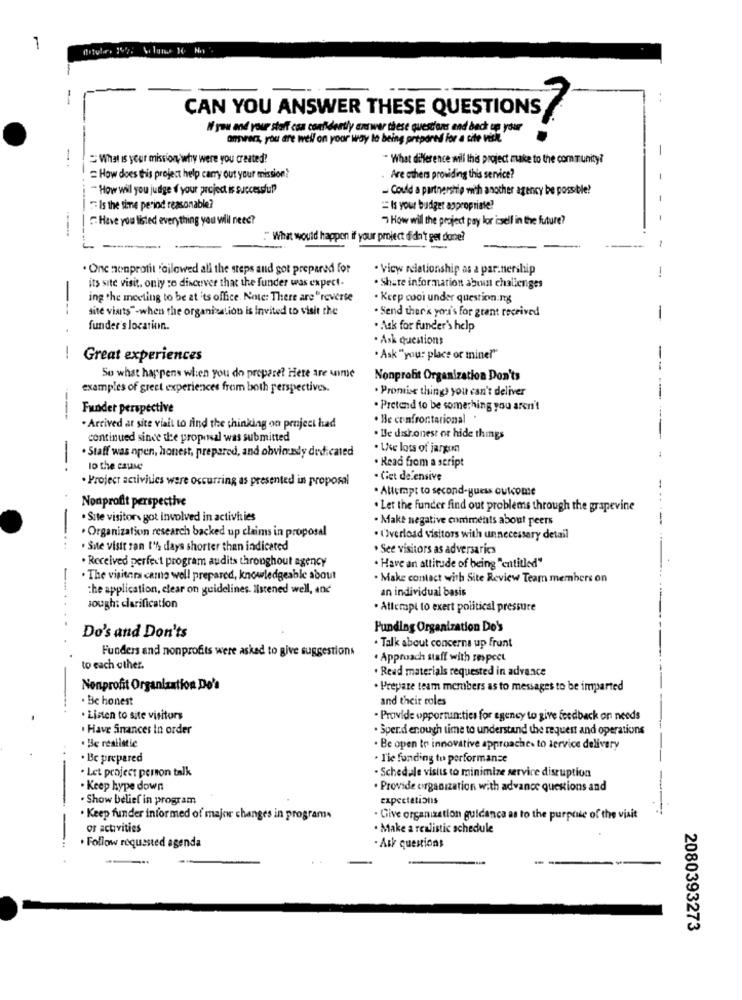
1
CAN YOU ANSWER THESE QUESTIONS
W you and your staff csa confidently answer these questions and back up your
answers, you are well on your way to being prepared for a site visit.
What is your mission why were you created?
- What difference will this project make to the community?
How does this project help carry out your mission?
Are others providing this service?
- How will you judge ff your project is successful
- Could a partnership with another agency be possible?
Is the time period reasonable?
Is your budget appropriate?
Have you listed everything you will need?
7 How will the project pay lor issell in the future?
." What would happen if your project didn't get done?
. Onc nonprofit foilowed all the steps and got prepared for
· View relationship as a par.nership
!
its site visit. only to discover that the funder was expect-
. Share information about challenges
ing the meeting to be at its office. Note: There are "reverse
. Keep cool under question.mg
--
site visits"-when the organisation is Invited to visit the
. Send ther's yori's for grant received
-
funder's location.
· Ask for funder's help
. Ask questions
-
Great experiences
"Ask "you: place or miner"
-
So what happens when you do prepare? Here are some
Nonprofit Organization Don'ts
examples of greet experiences from both perspectives.
· Promise things you can't deliver
Funder perspective
· Pretend to be something you aren't
---
. Be confrontarional
. Arrived at site visit to find the thinking on project had
continued since the proposal was submitted
. Le dishonest or hide things
· Staff was npen, honest, prepared, and obviousdy dedicated
· Le lots of jargon
lo the cause
. Read from a seript
· Project activities were occurring as presented in proposal
· Cet defensive
· Attempt to second-guess outcome
Nonprofit perspective
. Let the funder find out problems through the grapevine
-
. Site visitors got involved in activities
. Make negative comments about peers
-
. Organization research backed up claims in proposal
. Overload visitors with unnecessary detail
. Site visit ran 1% days shorter than indicated
. See visitors as adversaries
· Received perfect program audits throughout agency
· Have an attitude of being "entitled"
The visitors came well prepared, knowledgeable about
. Make contact with Site Review Team members on
the application, clear on guidelines. Ilstened well, and
an individual basis
sough: clarification
· Atterapi to exert political pressure
Funding Organization Do's
Do's and Don'ts
Funders and nonprofits were asked to give suggestions
. Talk about concerns up front
. Approach staff with respect
to each other.
. Read materials requested in advance
Nonprofit Organization Do's
· Prepare team members as to messages to be imparted
. Be honest
and their coles
. Listen to site visitors
- Provide opportunities for agency to give feedback on needs
. Have Snances In order
· Spend enough time to understand the request and operations
. Be realistic
· Be open to innovative approaches to service delivery
. Be prepared
. Tie funding tu performanse
. Let project person talk
· Schedule visits to minimize service disruption
. Keep hype down
. Provide organization with advance questions and
. Show belief in program
expectations
Keep funder informed of major changes in programs
. Give organization guldanca as to the purpose of the visit
or activities
. Make a realistic schedule
+ Follow requested agenda
- Ask questions
2080393273